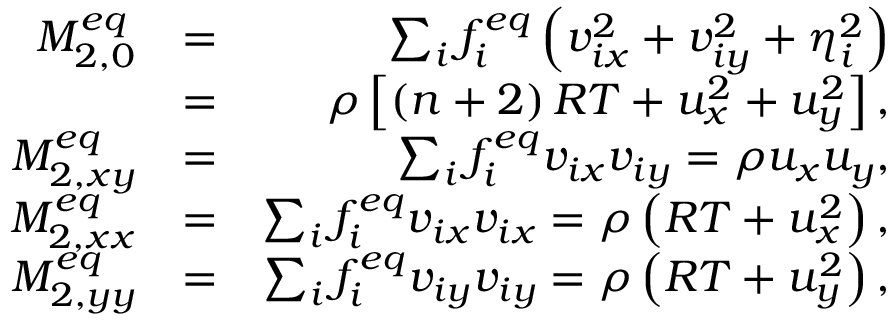
\begin{array} { r l r } { M _ { 2 , 0 } ^ { e q } } & { = } & { \sum _ { i } { f _ { i } ^ { e q } \left( { v _ { i x } ^ { 2 } + v _ { i y } ^ { 2 } + \eta _ { i } ^ { 2 } } \right) } } \\ & { = } & { \rho \left[ { \left( { n + 2 } \right) R T + u _ { x } ^ { 2 } + u _ { y } ^ { 2 } } \right] , } \\ { M _ { 2 , x y } ^ { e q } } & { = } & { \sum _ { i } { f _ { i } ^ { e q } { v _ { i x } } { v _ { i y } } } = \rho { u _ { x } } { u _ { y } } , } \\ { M _ { 2 , x x } ^ { e q } } & { = } & { \sum _ { i } { f _ { i } ^ { e q } { v _ { i x } } { v _ { i x } } } = \rho \left( { R T + u _ { x } ^ { 2 } } \right) , } \\ { M _ { 2 , y y } ^ { e q } } & { = } & { \sum _ { i } { f _ { i } ^ { e q } { v _ { i y } } { v _ { i y } } } = \rho \left( { R T + u _ { y } ^ { 2 } } \right) , } \end{array}